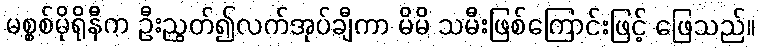
မစ္စစ်မိုရိုနီက ဦးညွတ်၍လက်အုပ်ချီကာ မိမိ သမီးဖြစ်ကြောင်းဖြင့် ဖြေသည်။